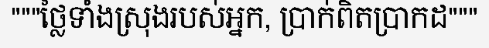
"""ថ្លៃទាំងស្រុងរបស់អ្នក, ប្រាក់ពិតប្រាកដ"""